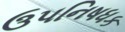
ઉપનિષધક